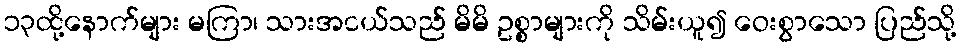
၁၃ထို့နောက်များ မကြာ၊ သားအငယ်သည် မိမိ ဥစ္စာများကို သိမ်းယူ၍ ဝေးစွာသော ပြည်သို့